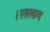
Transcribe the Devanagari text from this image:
।रतलाम